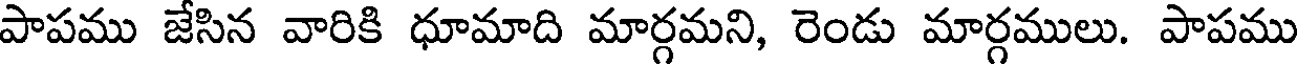
పాపము జేసిన వారికి ధూమాది మార్గమని, రెండు మార్గములు. పాపము